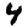
Digit: 4